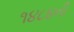
૧૪૮૪ની